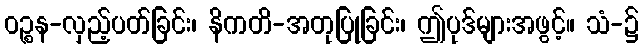
ဝဉ္စန-လှည့်ပတ်ခြင်း၊ နိကတိ-အတုပြုခြင်း၊ ဤပုဒ်များအဖွင့်။ သံ-၌